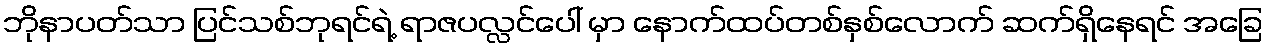
ဘိုနာပတ်သာ ပြင်သစ်ဘုရင်ရဲ့ ရာဇပလ္လင်ပေါ် မှာ နောက်ထပ်တစ်နှစ်လောက် ဆက်ရှိနေရင် အခြေ